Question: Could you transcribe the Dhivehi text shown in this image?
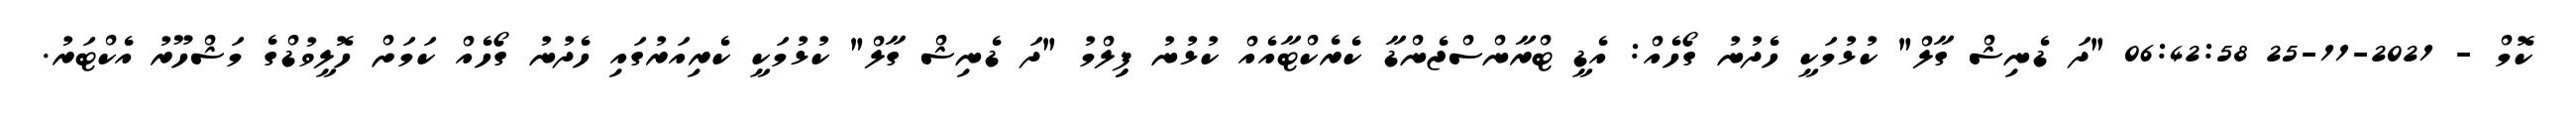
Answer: ކޮމް - 2021-11-25 06:42:58 "ދަ ޑެނިޝް ގާލް" ކުޅުމަކީ ހެދުނު ގޯހެއް: އެޑީ ޓްރާންސްޖެންޑާ ކެރެކްޓާއެއް ކުޅުނު ފިިލްމު "ދަ ޑެނިޝް ގާލް" ކުޅުމަކީ ކެރިއަރުގައި ހެދުނު ގޯހެއް ކަމަށް ހޮލީވުޑްގެ މަޝްހޫރު އެކްޓަރު.